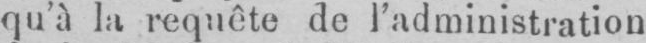
qu’à la requête de l’administration